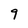
Character: 9